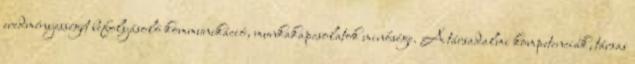
eredményességét befolyásoló kommunikáció, munkakapcsolatok minősége. A társadalmi kompetenciák, társas